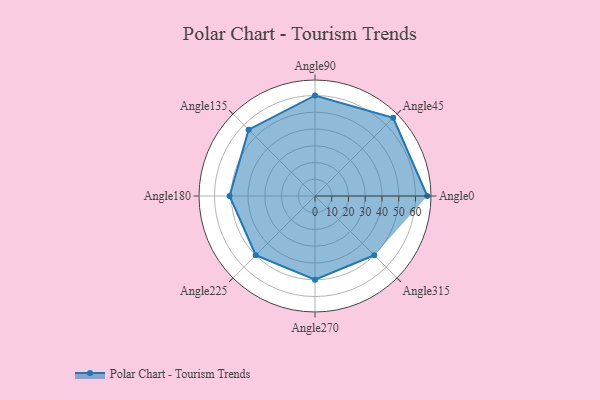
{"axis": {"x": "Angle", "y": "Radius"}, "legend": [""], "data": [{"x": "Angle0", "y": 67.0, "type": ""}, {"x": "Angle45", "y": 66.0, "type": ""}, {"x": "Angle90", "y": 60.0, "type": ""}, {"x": "Angle135", "y": 56.0, "type": ""}, {"x": "Angle180", "y": 51.0, "type": ""}, {"x": "Angle225", "y": 50, "type": ""}, {"x": "Angle270", "y": 50, "type": ""}, {"x": "Angle315", "y": 50, "type": ""}]}